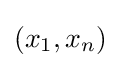
(x_{1},x_{n})